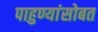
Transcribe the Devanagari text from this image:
पाहुण्यांसोबत